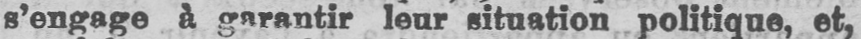
s’engage à garantir leur situation politique, et,